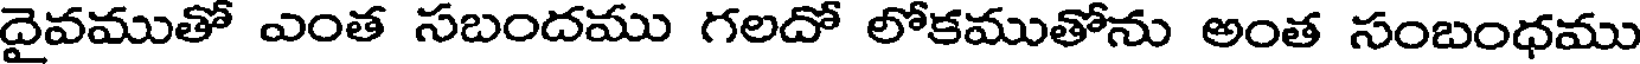
దైవముతో ఎంత సబందము గలదో లోకముతోను అంత సంబంధము